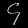
Digit: ၄